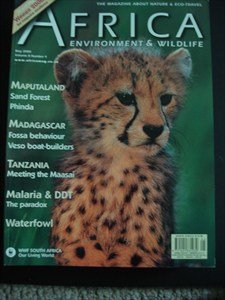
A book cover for AFRICA Environment & Wildlife -Volume 8 Number 4 - May 2000 - Maputaland - Sand Forest - Phinda - Madagascar - Fossa - Veso - Maasai - Tanzania - Malaria - Waterfowl; Travel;